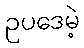
ဥပဒေမဲ့